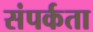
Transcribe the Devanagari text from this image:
संपर्कता